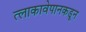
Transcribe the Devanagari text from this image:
त्लाकावेपानकडून